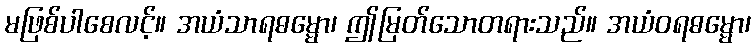
မဖြစ်ပါစေလင့်။ အယံသာရဓမ္မော၊ ဤမြတ်သောတရားသည်။ အယံဝရဓမ္မော၊